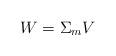
LaTeX: \begin{align*}W=\Sigma_{m}V\end{align*}